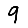
Digit: 9